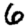
Digit: 6